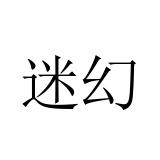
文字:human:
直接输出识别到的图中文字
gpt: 迷幻